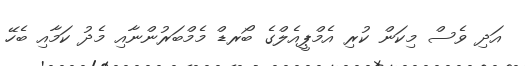
އަދި ވެސް މިކަން ކުރި އެމްޕީއެލްގެ ބޯރޑް މެމްބަރުންނާއި މެދު ކަމާއި ބެހޭ